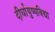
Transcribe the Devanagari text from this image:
दीर्घायुष्यविद्या